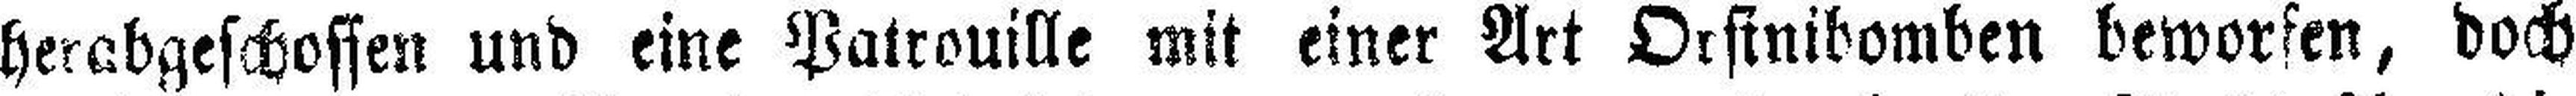
herabgeschossen und eine Patrouille mit einer Art Orsinibomben beworfen, doch